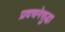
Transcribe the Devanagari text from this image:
प्रवचनेसुद्धा